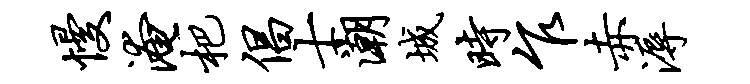
慢淹杷倡士潮城时乍赤溽